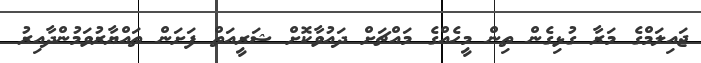
ޖައިލަމްގެ މަރާ ގުޅިގެން ތިން މީހެއްގެ މައްޗަށް ދައުވާކޮށް ޝަރީއަތް ފަށަން ތައްޔާރުވަމުންދާއިރު